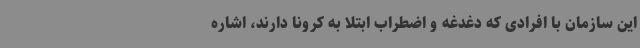
این سازمان با افرادی که دغدغه و اضطراب ابتلا به کرونا دارند، اشاره